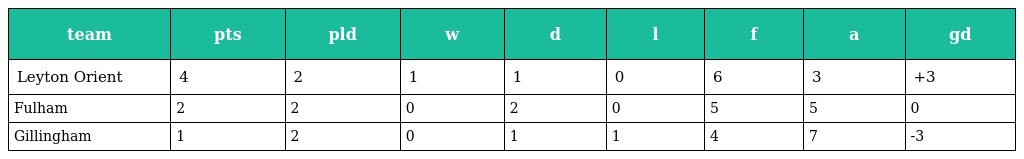
| team | pts | pld | w | d | l | f | a | gd |
 | --- | --- | --- | --- | --- | --- | --- | --- | --- |
 | Leyton Orient | 4 | 2 | 1 | 1 | 0 | 6 | 3 | +3 |
 | Fulham | 2 | 2 | 0 | 2 | 0 | 5 | 5 | 0 |
 | Gillingham | 1 | 2 | 0 | 1 | 1 | 4 | 7 | -3 |